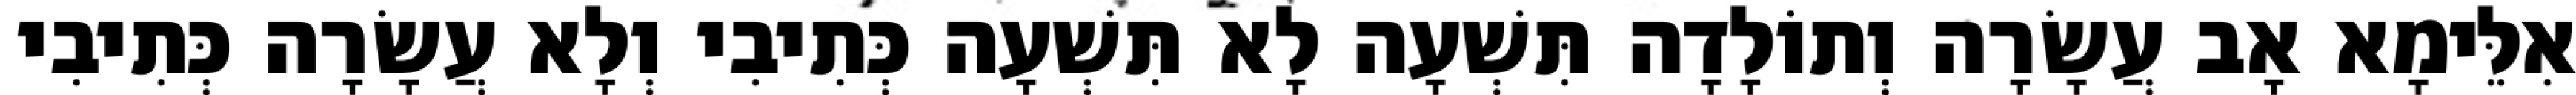
אִלֵּימָא אָב עֲשָׂרָה וְתוֹלָדָה תִּשְׁעָה לָא תִּשְׁעָה כְּתִיבִי וְלָא עֲשָׂרָה כְּתִיבִי